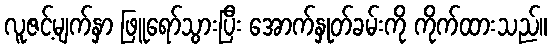
လူဇင့်မျက်နှာ ဖြူရော်သွားပြီး အောက်နှုတ်ခမ်းကို ကိုက်ထားသည်။